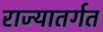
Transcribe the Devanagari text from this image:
राज्यातर्गत